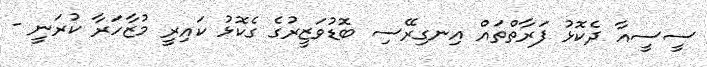
ސީސީއާ ދެކޮޅު ފަރާތްތައް އިނގިރޭސި ބޮޑުވަޒީރުގެ ގެކޮޅު ކައިރީ މުޒާހަރާ ކުރަނީ -